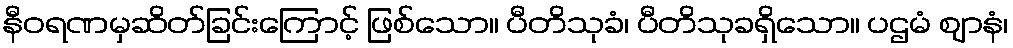
နီဝရဏမှဆိတ်ခြင်းကြောင့် ဖြစ်သော။ ပီတိသုခံ၊ ပီတိသုခရှိသော။ ပဌမံ ဈာနံ၊